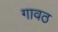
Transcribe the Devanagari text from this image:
गावठ